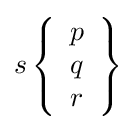
s\left\{{\begin{array}{l}p\\q\\r\end{array}}\right\}